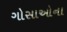
ગોસાઓના